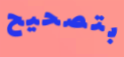
بتصحيح